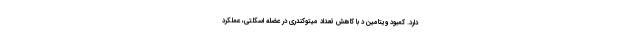
دارد. کمبود ویتامین د با کاهش تعداد میتوکندری در عضله اسکلتی، عملکرد